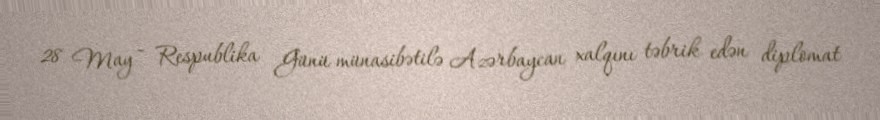
28 May - Respublika Günü münasibətilə Azərbaycan xalqını təbrik edən diplomat